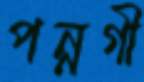
পন্নগী